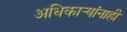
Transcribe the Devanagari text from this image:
अधिकार्‍यांनाही